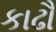
કાઢૌ